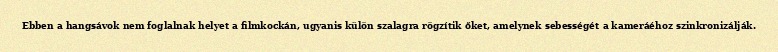
Ebben a hangsávok nem foglalnak helyet a filmkockán, ugyanis külön szalagra rögzítik őket, amelynek sebességét a kameráéhoz szinkronizálják.